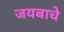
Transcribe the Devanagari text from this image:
जयबाचे